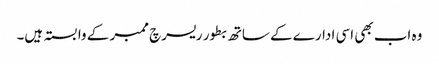
وہ اب بھی اسی ادارے کے ساتھ بطور ریسرچ ممبر کے وابستہ ہیں۔